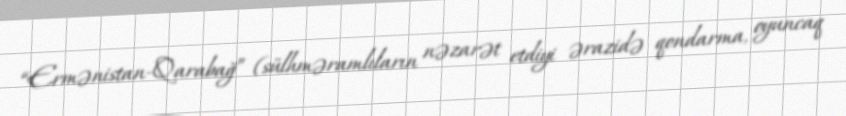
“Ermənistan-Qarabağ” (sülhməramlıların nəzarət etdiyi ərazidə qondarma, oyuncaq